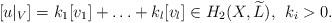
LaTeX: \begin{align*}[u|_V]=k_1[v_1]+\hdots+k_l[v_l] \in H_2(X,\widetilde{L}), \:\: k_i > 0.\end{align*}